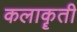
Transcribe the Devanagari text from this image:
कलाकॄती